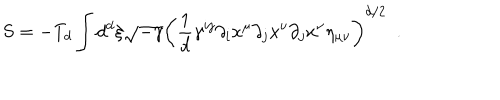
LaTeX: S = - T _ { d } \int d ^ { d } \xi \sqrt { - \gamma } \left( \frac { 1 } { d } \gamma ^ { i j } \partial _ { i } x ^ { \mu } \partial _ { j } x ^ { \nu } \partial _ { j } x ^ { \nu } \eta _ { \mu \nu } \right) ^ { d / 2 } ~ ~ .